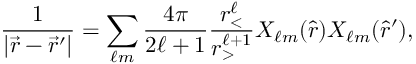
\frac { 1 } { | \vec { r } - \vec { r } ^ { \prime } | } = \sum _ { \ell m } \frac { 4 \pi } { 2 \ell + 1 } \frac { r _ { < } ^ { \ell } } { r _ { > } ^ { \ell + 1 } } X _ { \ell m } ( \hat { r } ) X _ { \ell m } ( \hat { r } ^ { \prime } ) ,